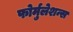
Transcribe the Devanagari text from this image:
फोर्मुलेशन्स